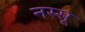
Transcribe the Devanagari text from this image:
नस्सू